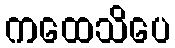
ကထေသိပေ